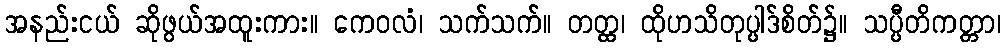
အနည်းငယ် ဆိုဖွယ်အထူးကား။ ကေဝလံ၊ သက်သက်။ တတ္ထ၊ ထိုဟသိတုပ္ပါဒ်စိတ်၌။ သပ္ပီတိကတ္တာ၊